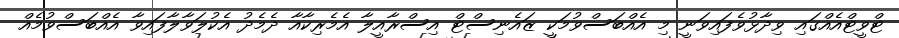
ޓްވީޓްއެއްގައި ވިދާޅުވެފައިވަނީ މި އެއްބަސްވުމަކީ ޒައެނިސްޓް އިސްރާއީލާ އެމެރިކާއާ ދެމެދު އެކުލަވާލާފައިވާ އެއްބަސްވުމެއް